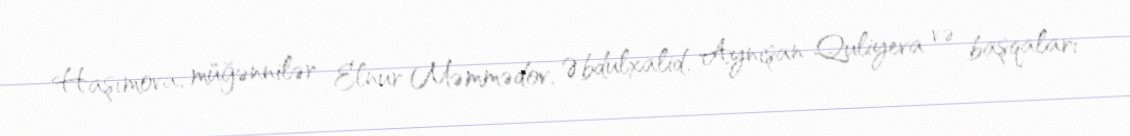
Haşımova, müğənnilər Elnur Məmmədov, Əbdulxalid, Aynişan Quliyeva və başqaları